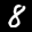
Label: 8